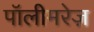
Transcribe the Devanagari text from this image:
पॉलीमरेज़